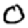
Digit: 0